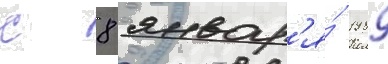
с 8 январ'я́ 1989